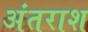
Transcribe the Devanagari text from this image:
अंतराश